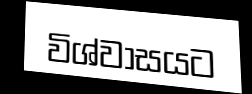
විශ්වාසයට